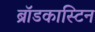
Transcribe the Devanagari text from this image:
ब्रॉडकास्टिन